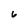
Character: 6